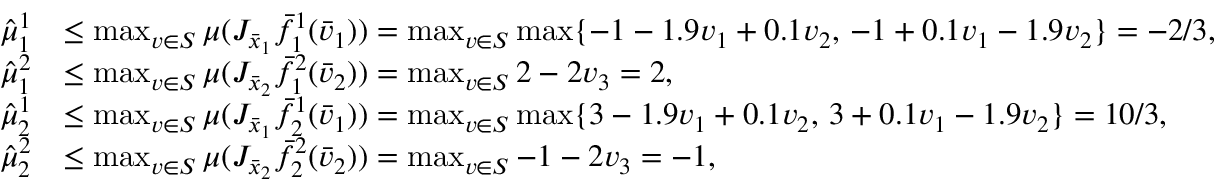
\begin{array} { r l } { \hat { \mu } _ { 1 } ^ { 1 } } & { \leq \operatorname* { m a x } _ { v \in S } \mu ( J _ { \bar { x } _ { 1 } } \bar { f } _ { 1 } ^ { 1 } ( \bar { v } _ { 1 } ) ) = \operatorname* { m a x } _ { v \in S } \operatorname* { m a x } \{ - 1 - 1 . 9 v _ { 1 } + 0 . 1 v _ { 2 } , \, - 1 + 0 . 1 v _ { 1 } - 1 . 9 v _ { 2 } \} = - 2 / 3 , } \\ { \hat { \mu } _ { 1 } ^ { 2 } } & { \leq \operatorname* { m a x } _ { v \in S } \mu ( J _ { \bar { x } _ { 2 } } \bar { f } _ { 1 } ^ { 2 } ( \bar { v } _ { 2 } ) ) = \operatorname* { m a x } _ { v \in S } 2 - 2 v _ { 3 } = 2 , } \\ { \hat { \mu } _ { 2 } ^ { 1 } } & { \leq \operatorname* { m a x } _ { v \in S } \mu ( J _ { \bar { x } _ { 1 } } \bar { f } _ { 2 } ^ { 1 } ( \bar { v } _ { 1 } ) ) = \operatorname* { m a x } _ { v \in S } \operatorname* { m a x } \{ 3 - 1 . 9 v _ { 1 } + 0 . 1 v _ { 2 } , \, 3 + 0 . 1 v _ { 1 } - 1 . 9 v _ { 2 } \} = 1 0 / 3 , } \\ { \hat { \mu } _ { 2 } ^ { 2 } } & { \leq \operatorname* { m a x } _ { v \in S } \mu ( J _ { \bar { x } _ { 2 } } \bar { f } _ { 2 } ^ { 2 } ( \bar { v } _ { 2 } ) ) = \operatorname* { m a x } _ { v \in S } - 1 - 2 v _ { 3 } = - 1 , } \end{array}